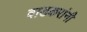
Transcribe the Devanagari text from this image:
वाडकरांनी